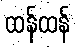
ထန်ထန်